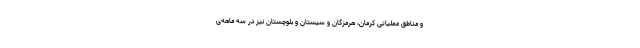
و مناطق عملیاتی کرمان، هرمزگان و سیستان و بلوچستان نیز در سه ماهه­ی